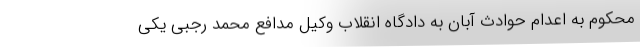
محکوم به اعدام حوادث آبان به دادگاه انقلاب وکیل مدافع محمد رجبی یکی